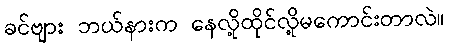
ခင်ဗျား ဘယ်နားက နေလို့ထိုင်လို့မကောင်းတာလဲ။